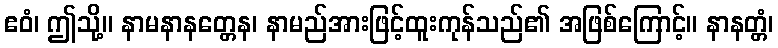
ဧဝံ၊ ဤသို့။ နာမနာနတ္တေန၊ နာမည်အားဖြင့်ထူးကုန်သည်၏ အဖြစ်ကြောင့်။ နာနတ္တံ၊